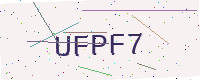
Text: UFPF7